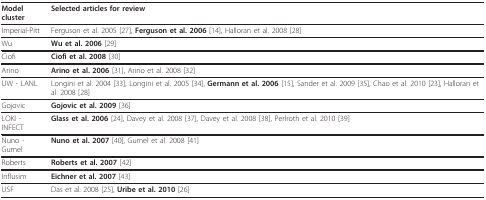
| Model cluster | Selected articles for review |
 | --- | --- |
 | Imperial-Pitt | Ferguson et al. 2005 [27], Ferguson et al. 2006 [14], Halloran et al. 2008 [28] |
 | Wu | Wu et al. 2006 [29] |
 | Ciofi | Ciofi et al. 2008 [30] |
 | Arino | Arino et al. 2006 [31], Arino et al. 2008 [32] |
 | UW - LANL | Longini et al. 2004 [33], Longini et al. 2005 [34], Germann et al. 2006 [15], Sander et al. 2009 [35], Chao et al. 2010 [23], Halloran et al. 2008 [28] |
 | Gojovic | Gojovic et al. 2009 [36] |
 | LOKI - INFECT | Glass et al. 2006 [24], Davey et al. 2008 [37], Davey et al. 2008 [38], Perlroth et al. 2010 [39] |
 | Nuno - Gumel | Nuno et al. 2007 [40], Gumel et al. 2008 [41] |
 | Roberts | Roberts et al. 2007 [42] |
 | Influsim | Eichner et al. 2007 [43] |
 | USF | Das et al. 2008 [25], Uribe et al. 2010 [26] |